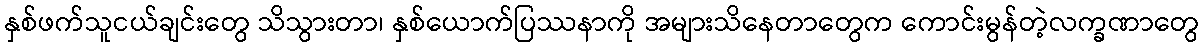
နှစ်ဖက်သူငယ်ချင်းတွေ သိသွားတာ၊ နှစ်ယောက်ပြဿနာကို အများသိနေတာတွေက ကောင်းမွန်တဲ့လက္ခဏာတွေ